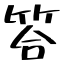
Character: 答